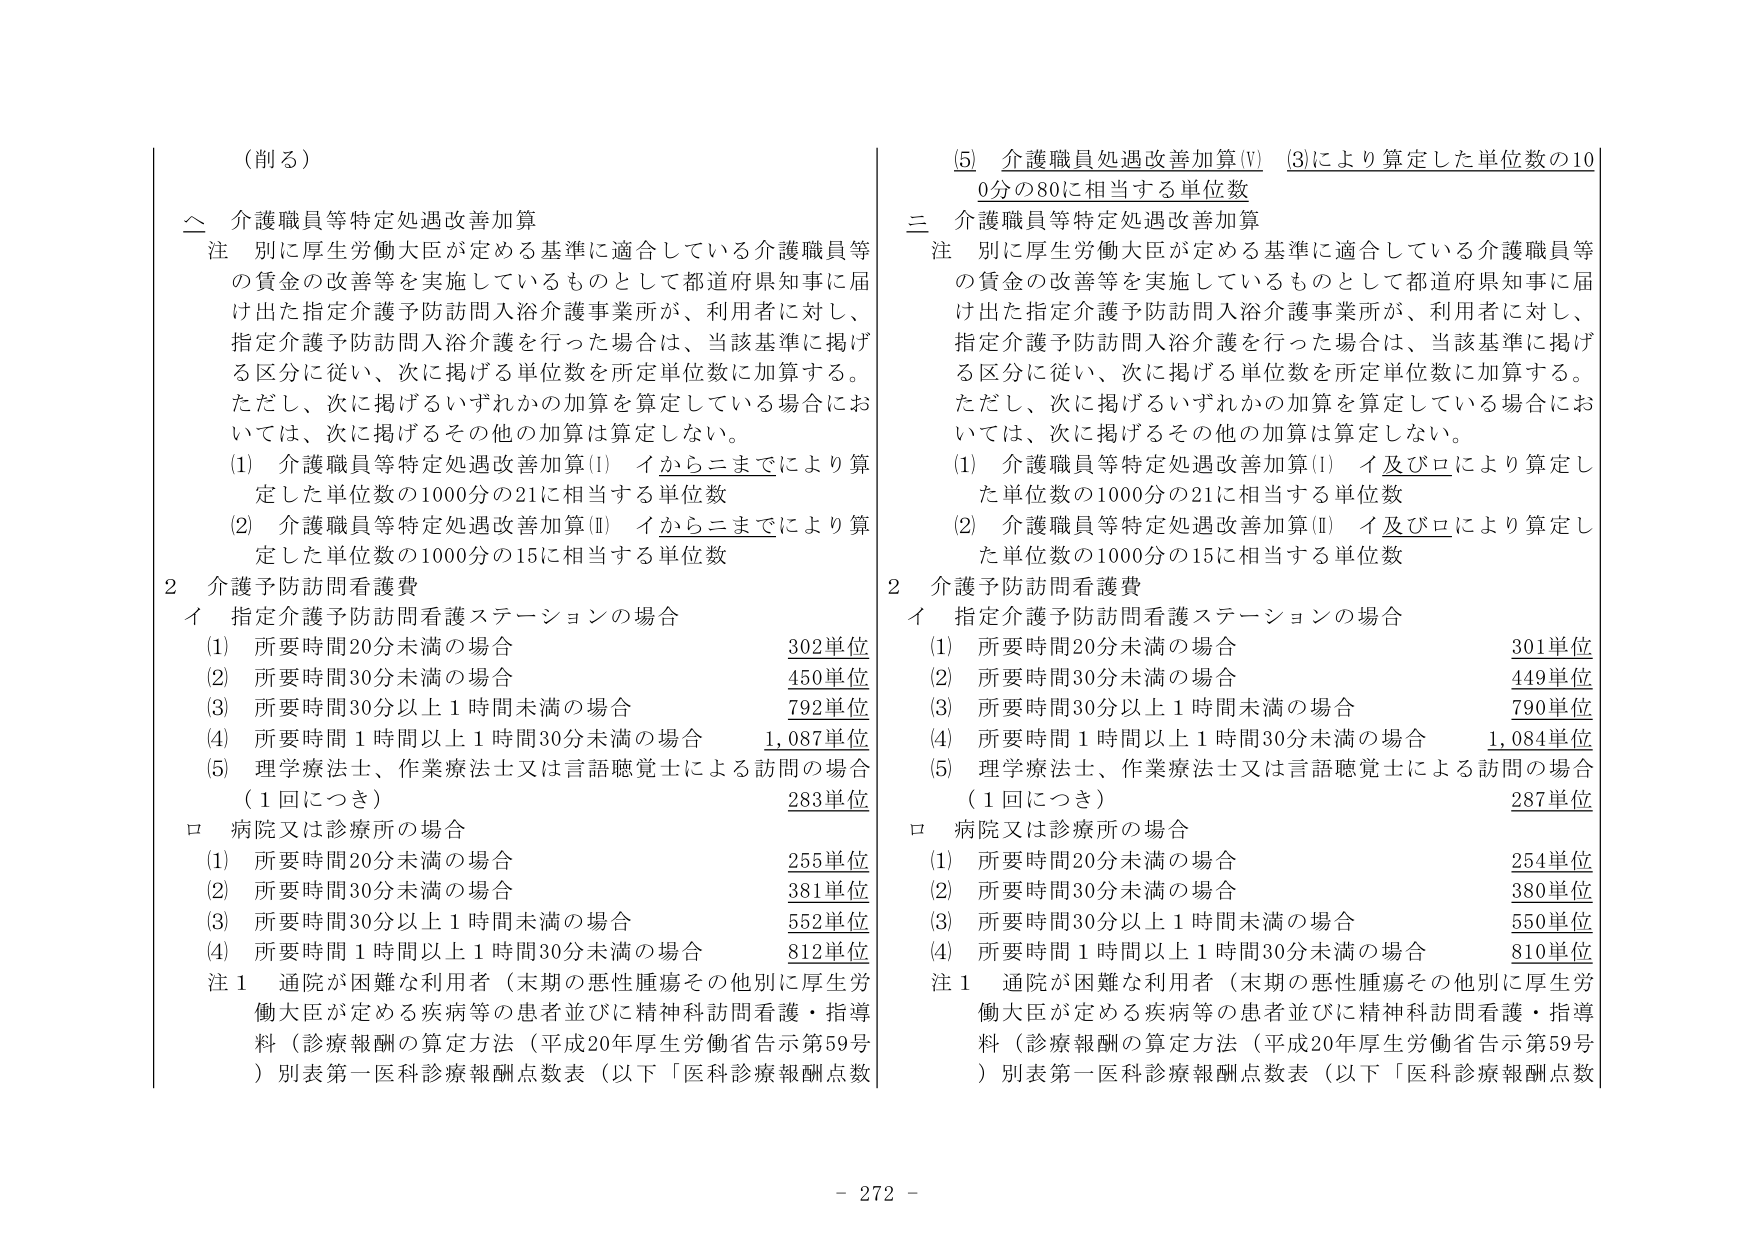
（削る）

二 介護職員等特定処遇改善加算
注 別に厚生労働大臣が定める基準に適合している介護職員等の賃金の改善等を実施しているものとして都道府県知事に届け出た指定介護予防訪問入浴介護事業所が、利用者に対し、指定介護予防訪問入浴介護を行った場合は、当該基準に掲げる区分に従い、次に掲げる単位数を所定単位数に加算する。ただし、次に掲げるいずれかの加算を算定している場合においては、次に掲げるその他の加算は算定しない。
(1) 介護職員等特定処遇改善加算(Ⅰ) イからニまでにより算定した単位数の1000分の21に相当する単位数
(2) 介護職員等特定処遇改善加算(Ⅱ) イからニまでにより算定した単位数の1000分の15に相当する単位数

2 介護予防訪問看護費
イ 指定介護予防訪問看護ステーションの場合
(1) 所要時間20分未満の場合 302単位
(2) 所要時間30分未満の場合 450単位
(3) 所要時間30分以上1時間未満の場合 792単位
(4) 所要時間1時間以上1時間30分未満の場合 1,087単位
(5) 理学療法士、作業療法士又は言語聴覚士による訪問の場合（1回につき） 283単位
ロ 病院又は診療所の場合
(1) 所要時間20分未満の場合 255単位
(2) 所要時間30分未満の場合 381単位
(3) 所要時間30分以上1時間未満の場合 552単位
(4) 所要時間1時間以上1時間30分未満の場合 812単位
注1 通院が困難な利用者（末期の悪性腫瘍その他別に厚生労働大臣が定める疾病等の患者並びに精神科訪問看護・指導料（診療報酬の算定方法（平成20年厚生労働省告示第59号）別表第一医科診療報酬点数表（以下「医科診療報酬点数

(5) 介護職員処遇改善加算(Ⅴ) (3)により算定した単位数の100分の80に相当する単位数

三 介護職員等特定処遇改善加算
注 別に厚生労働大臣が定める基準に適合している介護職員等の賃金の改善等を実施しているものとして都道府県知事に届け出た指定介護予防訪問入浴介護事業所が、利用者に対し、指定介護予防訪問入浴介護を行った場合は、当該基準に掲げる区分に従い、次に掲げる単位数を所定単位数に加算する。ただし、次に掲げるいずれかの加算を算定している場合においては、次に掲げるその他の加算は算定しない。
(1) 介護職員等特定処遇改善加算(Ⅰ) イ及びロにより算定した単位数の1000分の21に相当する単位数
(2) 介護職員等特定処遇改善加算(Ⅱ) イ及びロにより算定した単位数の1000分の15に相当する単位数

2 介護予防訪問看護費
イ 指定介護予防訪問看護ステーションの場合
(1) 所要時間20分未満の場合 301単位
(2) 所要時間30分未満の場合 449単位
(3) 所要時間30分以上1時間未満の場合 790単位
(4) 所要時間1時間以上1時間30分未満の場合 1,084単位
(5) 理学療法士、作業療法士又は言語聴覚士による訪問の場合（1回につき） 287単位
ロ 病院又は診療所の場合
(1) 所要時間20分未満の場合 254単位
(2) 所要時間30分未満の場合 380単位
(3) 所要時間30分以上1時間未満の場合 550単位
(4) 所要時間1時間以上1時間30分未満の場合 810単位
注1 通院が困難な利用者（末期の悪性腫瘍その他別に厚生労働大臣が定める疾病等の患者並びに精神科訪問看護・指導料（診療報酬の算定方法（平成20年厚生労働省告示第59号）別表第一医科診療報酬点数表（以下「医科診療報酬点数

- 272 -